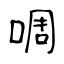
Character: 啁